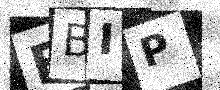
Text: EBIP